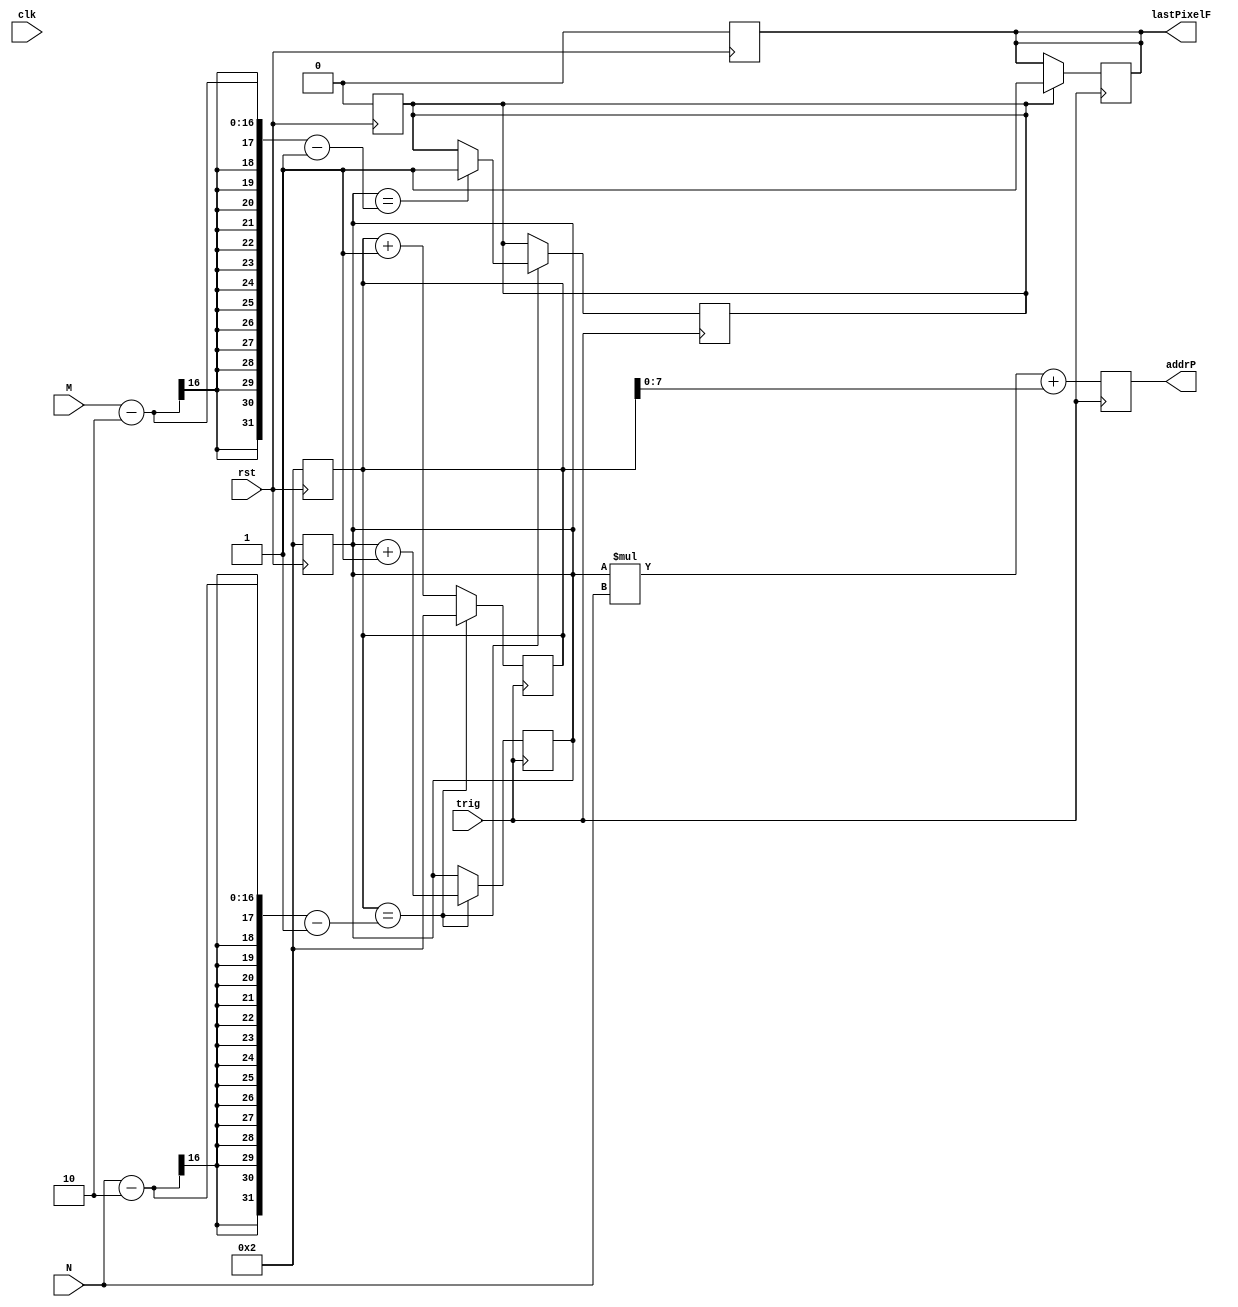

`default_nettype none

module slider(addrP, lastPixelF, trig, M , N, clk, rst);
	// Parameters
	parameter ADDR_WIDTH = 8, WINDOW_N = 2;

	// Outputs
	output reg [ADDR_WIDTH - 1 : 0] 	addrP;
	output reg					lastPixelF;
	
	// Inputs
	input wire 			trig, clk, rst;
	input wire [15 : 0] 	M, N;
	
	// Registers
	reg [15 : 0]	i, j;
	reg 			lastPixel;
	always @(posedge rst) begin
		i		<= WINDOW_N;
		j		<= WINDOW_N;
		lastPixelF	<= 0;
		lastPixel	<= 0;
	end // always @(posedge rst)

	always @(posedge trig) begin
		#5
		addrP <= i * N + j;
		if(lastPixel)
			lastPixelF = 1;
		j <= j + 1;
		if(j == N - WINDOW_N - 1) begin
			j <= WINDOW_N;
			i <= i + 1;
			if(i == M - WINDOW_N - 1)
				lastPixel <= 1;
		end // f(j == N)
	end // always @(posedge trig)
endmodule